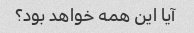
آیا این همه خواهد بود؟